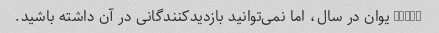
12000 یوان در سال، اما نمی‌توانید بازدیدکنندگانی در آن داشته باشید.